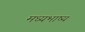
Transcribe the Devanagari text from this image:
मध्यभाष्य